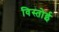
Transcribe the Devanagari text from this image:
विस्तोई